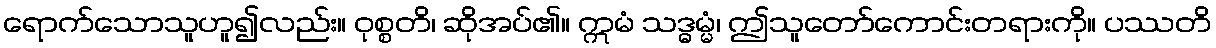
ရောက်သောသူဟူ၍လည်း။ ဝုစ္စတိ၊ ဆိုအပ်၏။ ဣမံ သဒ္ဓမ္မံ၊ ဤသူတော်ကောင်းတရားကို။ ပဿတိ